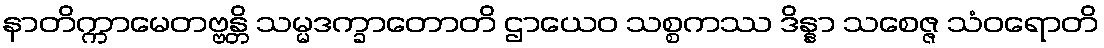
နာတိက္ကာမေတဗ္ဗန္တိ သမ္မဒက္ခာတောတိ ဌာယေဝ သစ္စကဿ ဒိန္နာ သစေဇ္ဇ သံဝရောတိ